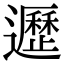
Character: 𨘸